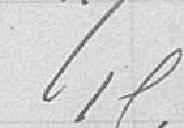
15